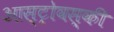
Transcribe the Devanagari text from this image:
आस्ट्रोवस्की